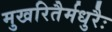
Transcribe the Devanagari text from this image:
मुखरितैर्मधुरैः